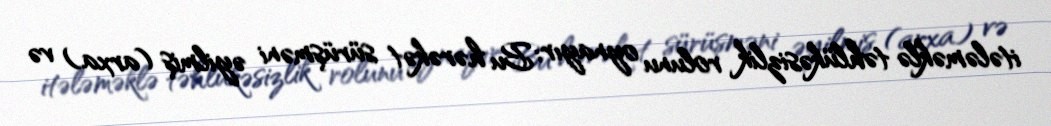
itələməklə təhlükəsizlik rolunu oynayır; Bu hərəkət sürüşməni əyilmiş (arxa) və